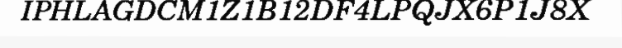
IPHLAGDCM1Z1B12DF4LPQJX6P1J8X